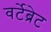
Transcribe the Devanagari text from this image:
वर्टेब्रेट